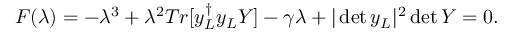
F ( \lambda ) = - \lambda ^ { 3 } + \lambda ^ { 2 } T r [ y _ { L } ^ { \dagger } y _ { L } Y ] - \gamma \lambda + | \operatorname * { d e t } y _ { L } | ^ { 2 } \operatorname * { d e t } Y = 0 .